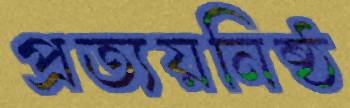
প্রত্যয়নিষ্ঠ